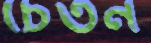
চেতন